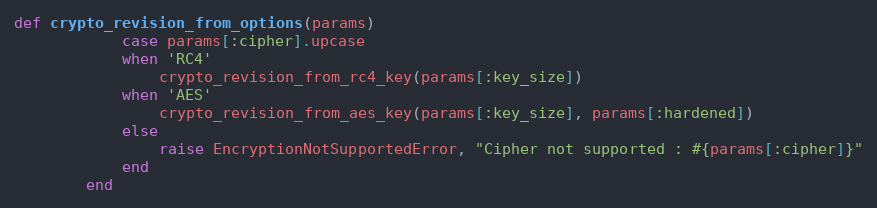
Language: Ruby
def crypto_revision_from_options(params)
            case params[:cipher].upcase
            when 'RC4'
                crypto_revision_from_rc4_key(params[:key_size])
            when 'AES'
                crypto_revision_from_aes_key(params[:key_size], params[:hardened])
            else
                raise EncryptionNotSupportedError, "Cipher not supported : #{params[:cipher]}"
            end
        end